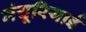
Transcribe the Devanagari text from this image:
मंचूरियाई